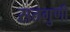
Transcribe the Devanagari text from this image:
सतगुणी